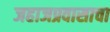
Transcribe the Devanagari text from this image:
जहाजप्रवासाचा